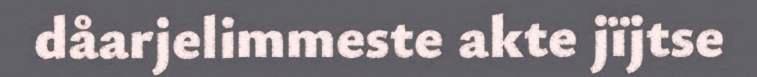
dåarjelimmeste akte jïjtse